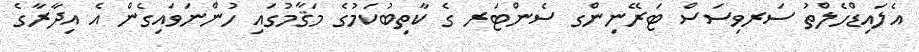
އެލައިޑްހެލްތު ސަރވިސަސް ޓަރޭނިންގ ސެންޓަރ ގެ ކާތިބުކަމުގެ މަޤާމުގައި ހުންނަވައިގެން އެ އިދާރާގެ